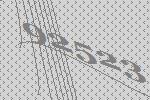
92523